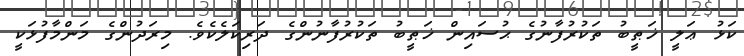
ކަޅު ޢަލީ ޚަޠީބު ތަކުރުފާނުގެ ޙުސައިން ޚަޠީބު ތަކުރުފާނުންގެ ދަރިކަލެކެވެ. މިރަދުންގެ މަންމާފުޅަކީ